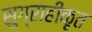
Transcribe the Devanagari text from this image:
सुग्राहीकृत